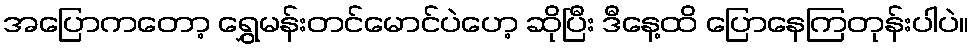
အပြောကတော့ ရွှေမန်းတင်မောင်ပဲဟေ့ ဆိုပြီး ဒီနေ့ထိ ပြောနေကြတုန်းပါပဲ။